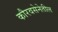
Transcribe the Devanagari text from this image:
कौरवसेनेतील